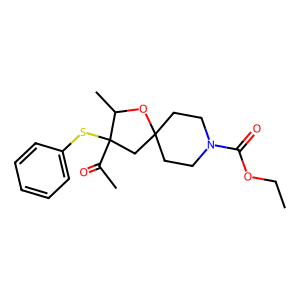
SMILES: CCOC(=O)N1CCC2(CC1)CC(Sc1ccccc1)(C(C)=O)C(C)O2
Inhibits HIV replication: No